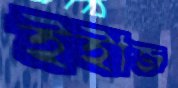
ইইজি